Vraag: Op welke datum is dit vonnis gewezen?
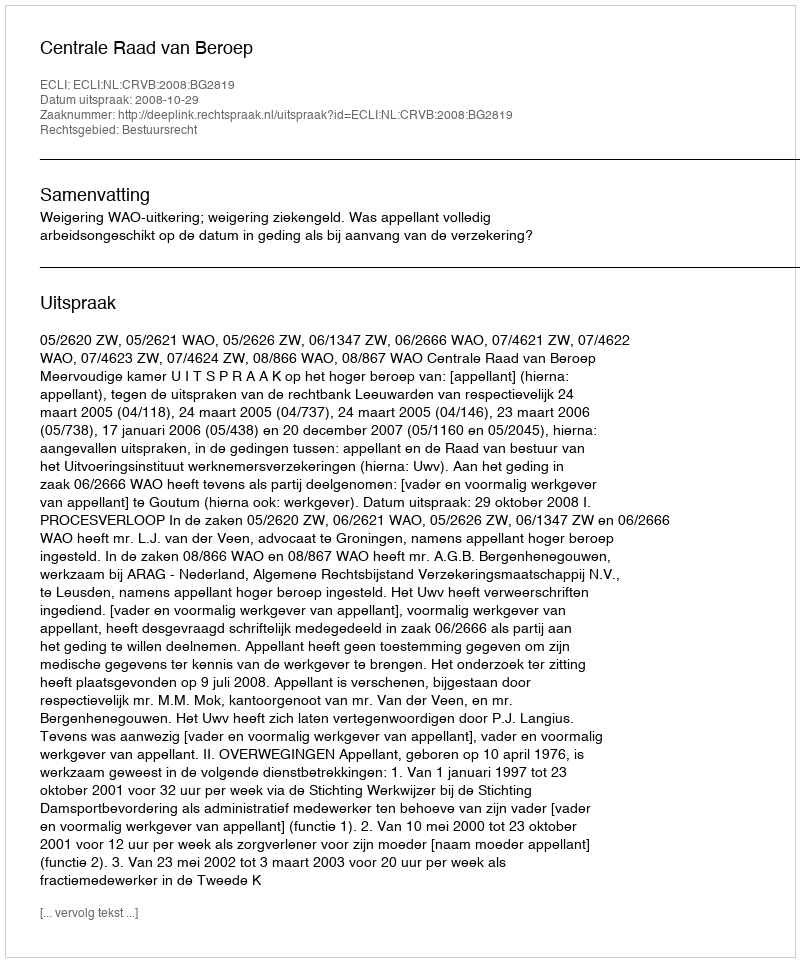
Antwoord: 2008-10-29